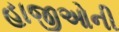
હાજીઓની